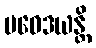
ပဝေဒယန္တိ